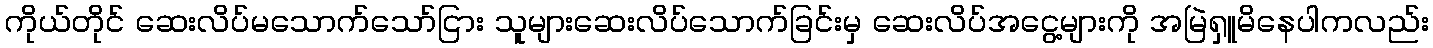
ကိုယ်တိုင် ဆေးလိပ်မသောက်သော်ငြား သူများဆေးလိပ်သောက်ခြင်းမှ ဆေးလိပ်အငွေ့များကို အမြဲရှူမိနေပါကလည်း